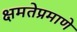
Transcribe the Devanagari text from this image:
क्षमतेप्रमाणे